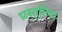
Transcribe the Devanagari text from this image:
प्रस्‍तुतियां